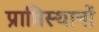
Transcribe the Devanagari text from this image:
प्राप्तिस्थानों